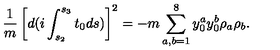
\frac { 1 } { m } \left[ d ( i \int _ { s _ { 2 } } ^ { s _ { 3 } } t _ { 0 } d s ) \right] ^ { 2 } = - m \sum _ { a , b = 1 } ^ { 8 } { y } _ { 0 } ^ { a } { y } _ { 0 } ^ { b } \rho _ { a } \rho _ { b } .